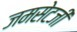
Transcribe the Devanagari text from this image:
जमसेटजी